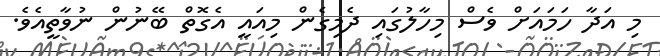
މި އަދާ ހަމައަށް ވެސް މިހާލުގައި ދެމިގެން މިއައީ އެގޮތް ބޭނުން ނުވާތީއެވެ.